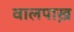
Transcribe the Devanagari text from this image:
वालपाख़